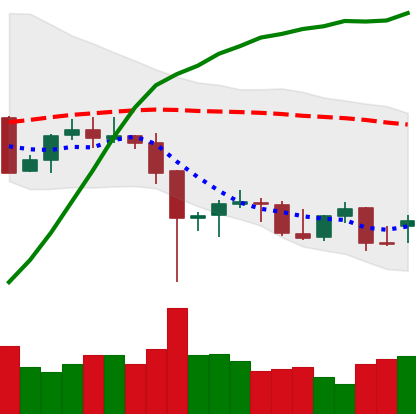
Ticker: BTC-USD
Chart end date: 2021-12-15
Forward return: -4.124%
Label: down_3_5